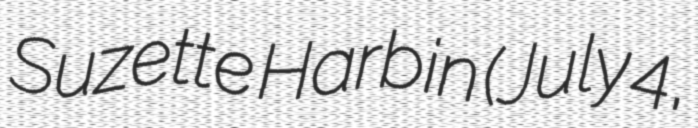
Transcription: Suzette Harbin (July 4,